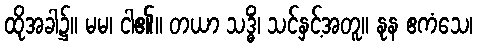
ထိုအခါ၌။ မမ၊ ငါ၏။ တယာ သဒ္ဓိံ၊ သင်နှင့်အတူ။ နုန ဧကံသေ၊